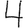
Digit: 4